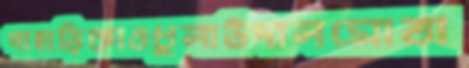
পাহাড়িকাওধুলাউদালমোতা